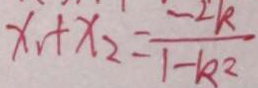
x _ { 1 } + x _ { 2 } = \frac { - 2 k } { 1 - k ^ { 2 } }